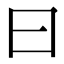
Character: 曰